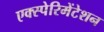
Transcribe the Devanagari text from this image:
एक्स्पेरिमेंटेशन